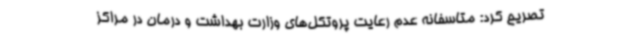
تصریح کرد: متاسفانه عدم رعایت پروتکل‌های وزارت بهداشت و درمان در مراکز